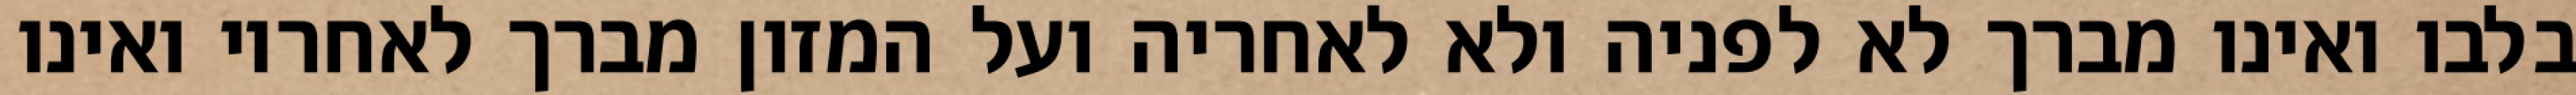
בלבו ואינו מברך לא לפניה ולא לאחריה ועל המזון מברך לאחריו ואינו